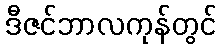
ဒီဇင်ဘာလကုန်တွင်